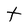
Character: t